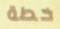
خطة